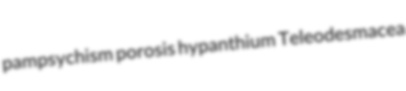
pampsychism porosis hypanthium Teleodesmacea